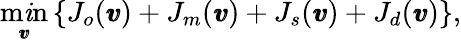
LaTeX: \displaystyle{\operatorname*{m\mathit{i}n}_{\pmb{v}}}\left\{ J_{o}(\pmb{v})+J_{m}(\pmb{v})+J_{s}(\pmb{v})+J_{d}(\pmb{v})\right\} ,